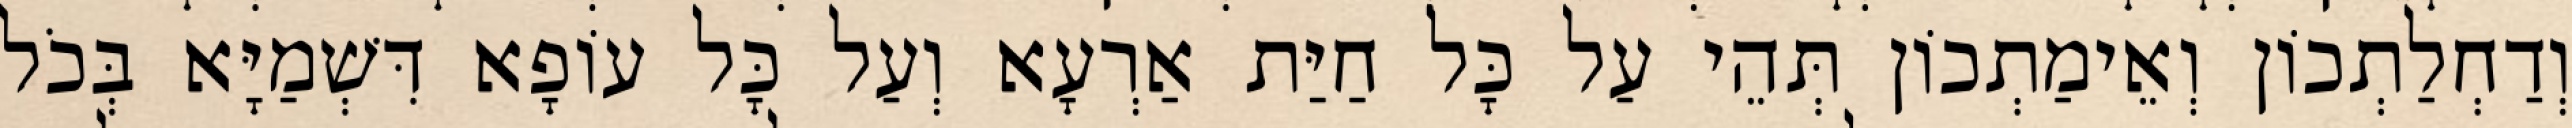
וְדַחְלַתְכוֹן וְאֵימַתְכוֹן תְּהֵי עַל כָּל חַיַּת אַרְעָא וְעַל כָּל עוֹפָא דִּשְׁמַיָּא בְּכֹל